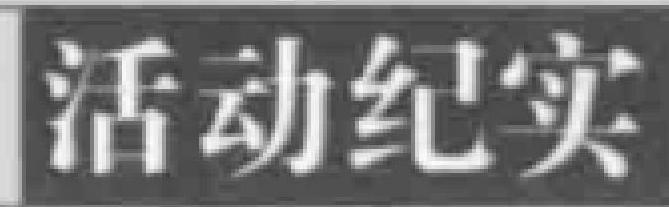
活动纪实